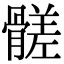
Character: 髊